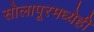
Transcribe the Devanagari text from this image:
सोलापूरमध्येही